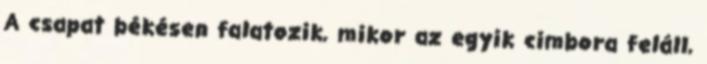
A csapat békésen falatozik, mikor az egyik cimbora feláll,